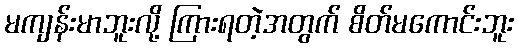
မကျန်းမာဘူးလို့ ကြားရတဲ့အတွက် စိတ်မကောင်းဘူး